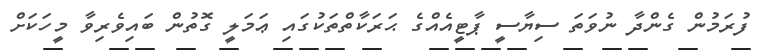
ފުރަމުން ގެންދާ ނުވަތަ ސިޔާސީ ޕާޓީއެއްގެ ޙަރަކާތްތަކުގައި ޢަމަލީ ގޮތުން ބައިވެރިވާ މީހަކަށް